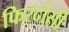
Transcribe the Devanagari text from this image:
फिरदोसी